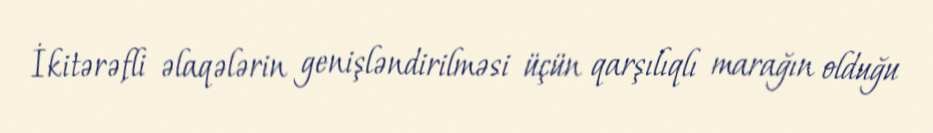
İkitərəfli əlaqələrin genişləndirilməsi üçün qarşılıqlı marağın olduğu